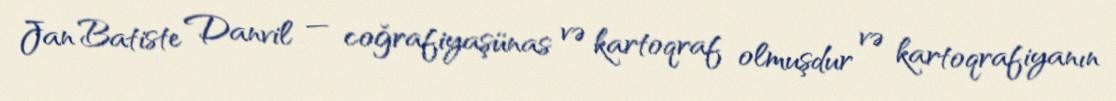
Jan Batiste Danvil — coğrafiyaşünas və kartoqraf olmuşdur və kartoqrafiyanın